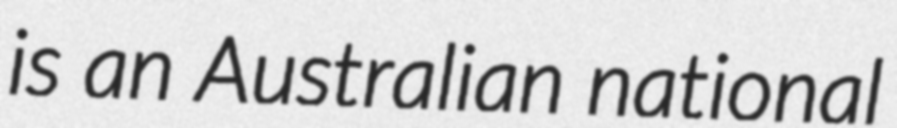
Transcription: is an Australian national